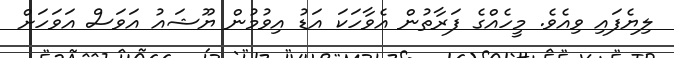
ލިޔެފައި ވިއެވެ. މީހެއްގެ ފަރާތުން އެވާހަކަ އަޑު އިވުމުން ޔޫޝައު އަވަސް އަވަހަށް